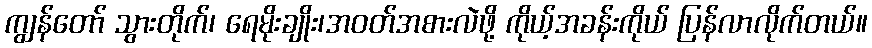
ကျွန်တော် သွားတိုက်၊ ရေမိုးချိုး၊အဝတ်အစားလဲဖို့ ကိုယ့်အခန်းကိုယ် ပြန်လာလိုက်တယ်။